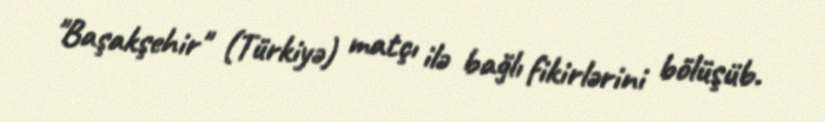
"Başakşehir" (Türkiyə) matçı ilə bağlı fikirlərini bölüşüb.